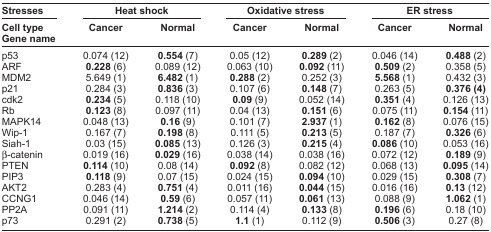
<table><thead><tr><td><b>Stresses</b></td><td colspan="2"><b>Heat shock</b></td><td colspan="2"><b>Oxidative stress</b></td><td colspan="2"><b>ER stress</b></td></tr><tr><td><b>Cell type Gene name</b></td><td><b>Cancer</b></td><td><b>Normal</b></td><td><b>Cancer</b></td><td><b>Normal</b></td><td><b>Cancer</b></td><td><b>Normal</b></td></tr></thead><tbody><tr><td>p53</td><td>0.074 (12)</td><td><b>0.554</b> (7)</td><td>0.05 (12)</td><td><b>0.289</b> (2)</td><td>0.046 (14)</td><td><b>0.488</b> (2)</td></tr><tr><td>ARF</td><td><b>0.228</b> (6)</td><td>0.089 (12)</td><td>0.063 (10)</td><td><b>0.092</b> (11)</td><td><b>0.509</b> (2)</td><td>0.358 (5)</td></tr><tr><td>MDM2</td><td>5.649 (1)</td><td><b>6.482</b> (1)</td><td><b>0.288</b> (2)</td><td>0.252 (3)</td><td><b>5.568</b> (1)</td><td>0.432 (3)</td></tr><tr><td>p21</td><td>0.284 (3)</td><td><b>0.836</b> (3)</td><td>0.107 (6)</td><td><b>0.148</b> (7)</td><td>0.263 (5)</td><td><b>0.376 (4)</b></td></tr><tr><td>cdk2</td><td><b>0.234</b> (5)</td><td>0.118 (10)</td><td><b>0.09</b> (9)</td><td>0.052 (14)</td><td><b>0.351</b> (4)</td><td>0.126 (13)</td></tr><tr><td>Rb</td><td><b>0.123</b> (8)</td><td>0.097 (11)</td><td>0.04 (13)</td><td><b>0.151</b> (6)</td><td>0.075 (11)</td><td><b>0.154</b> (11)</td></tr><tr><td>MAPK14</td><td>0.048 (13)</td><td><b>0.16</b> (9)</td><td>0.101 (7)</td><td><b>2.937</b> (1)</td><td><b>0.162</b> (8)</td><td>0.076 (15)</td></tr><tr><td>Wip-1</td><td>0.167 (7)</td><td><b>0.198</b> (8)</td><td>0.111 (5)</td><td><b>0.213</b> (5)</td><td>0.187 (7)</td><td><b>0.326</b> (6)</td></tr><tr><td>Siah-1</td><td>0.03 (15)</td><td><b>0.085</b> (13)</td><td>0.126 (3)</td><td><b>0.215</b> (4)</td><td><b>0.086</b> (10)</td><td>0.053 (16)</td></tr><tr><td>β-catenin</td><td>0.019 (16)</td><td><b>0.029</b> (16)</td><td>0.038 (14)</td><td>0.038 (16)</td><td>0.072 (12)</td><td><b>0.189</b> (9)</td></tr><tr><td>PTEN</td><td><b>0.114</b> (10)</td><td>0.08 (14)</td><td><b>0.092</b> (8)</td><td>0.082 (12)</td><td>0.068 (13)</td><td><b>0.095</b> (14)</td></tr><tr><td>PIP3</td><td><b>0.118</b> (9)</td><td>0.07 (15)</td><td>0.024 (15)</td><td><b>0.094</b> (10)</td><td>0.029 (15)</td><td><b>0.308</b> (7)</td></tr><tr><td>AKT2</td><td>0.283 (4)</td><td><b>0.751</b> (4)</td><td>0.011 (16)</td><td><b>0.044</b> (15)</td><td>0.016 (16)</td><td><b>0.13</b> (12)</td></tr><tr><td>CCNG1</td><td>0.046 (14)</td><td><b>0.59</b> (6)</td><td>0.057 (11)</td><td><b>0.061</b> (13)</td><td>0.088 (9)</td><td><b>1.062</b> (1)</td></tr><tr><td>PP2A</td><td>0.091 (11)</td><td><b>1.214</b> (2)</td><td>0.114 (4)</td><td><b>0.133</b> (8)</td><td><b>0.196</b> (6)</td><td>0.18 (10)</td></tr><tr><td>p73</td><td>0.291 (2)</td><td><b>0.738</b> (5)</td><td><b>1.1</b> (1)</td><td>0.112 (9)</td><td><b>0.506</b> (3)</td><td>0.27 (8)</td></tr></tbody></table>